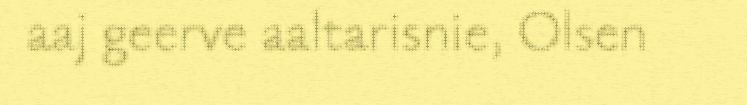
aaj geerve aaltarisnie, Olsen